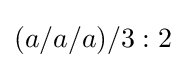
(a/a/a)/3:2